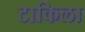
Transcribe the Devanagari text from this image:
टाकिला